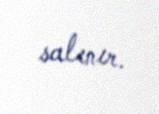
salınır.